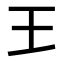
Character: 𤣩